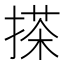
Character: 搽